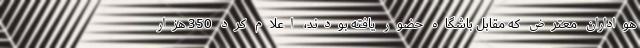
هواداران معترض که مقابل باشگاه حضور یافته بودند، اعلام کرد 350 هزار